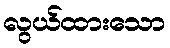
လွယ်ထားသော